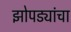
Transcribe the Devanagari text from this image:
झोपड्यांचा